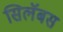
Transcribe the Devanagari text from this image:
सिलॅबस